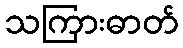
သကြားဓာတ်